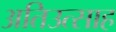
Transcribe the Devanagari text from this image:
अतिउत्साह